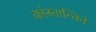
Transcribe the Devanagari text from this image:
कांस्तान्तिने